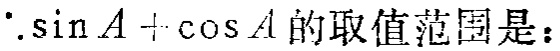
$\because\sin A+\cos A\text{的取值范围是：}$